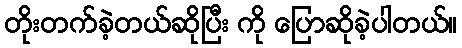
တိုးတက်ခဲ့တယ်ဆိုပြီး ကို ပြောဆိုခဲ့ပါတယ်။